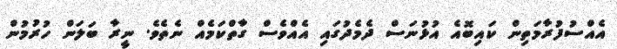
އެއްސުފުރާމަތިން ކައިބޮއެ އުޅުނަސް ދެމެދުގައި އެއްވެސް ގާތްކަމެއް ނެތެވެ. ނީރާ ބަލަން ހުރުމުން